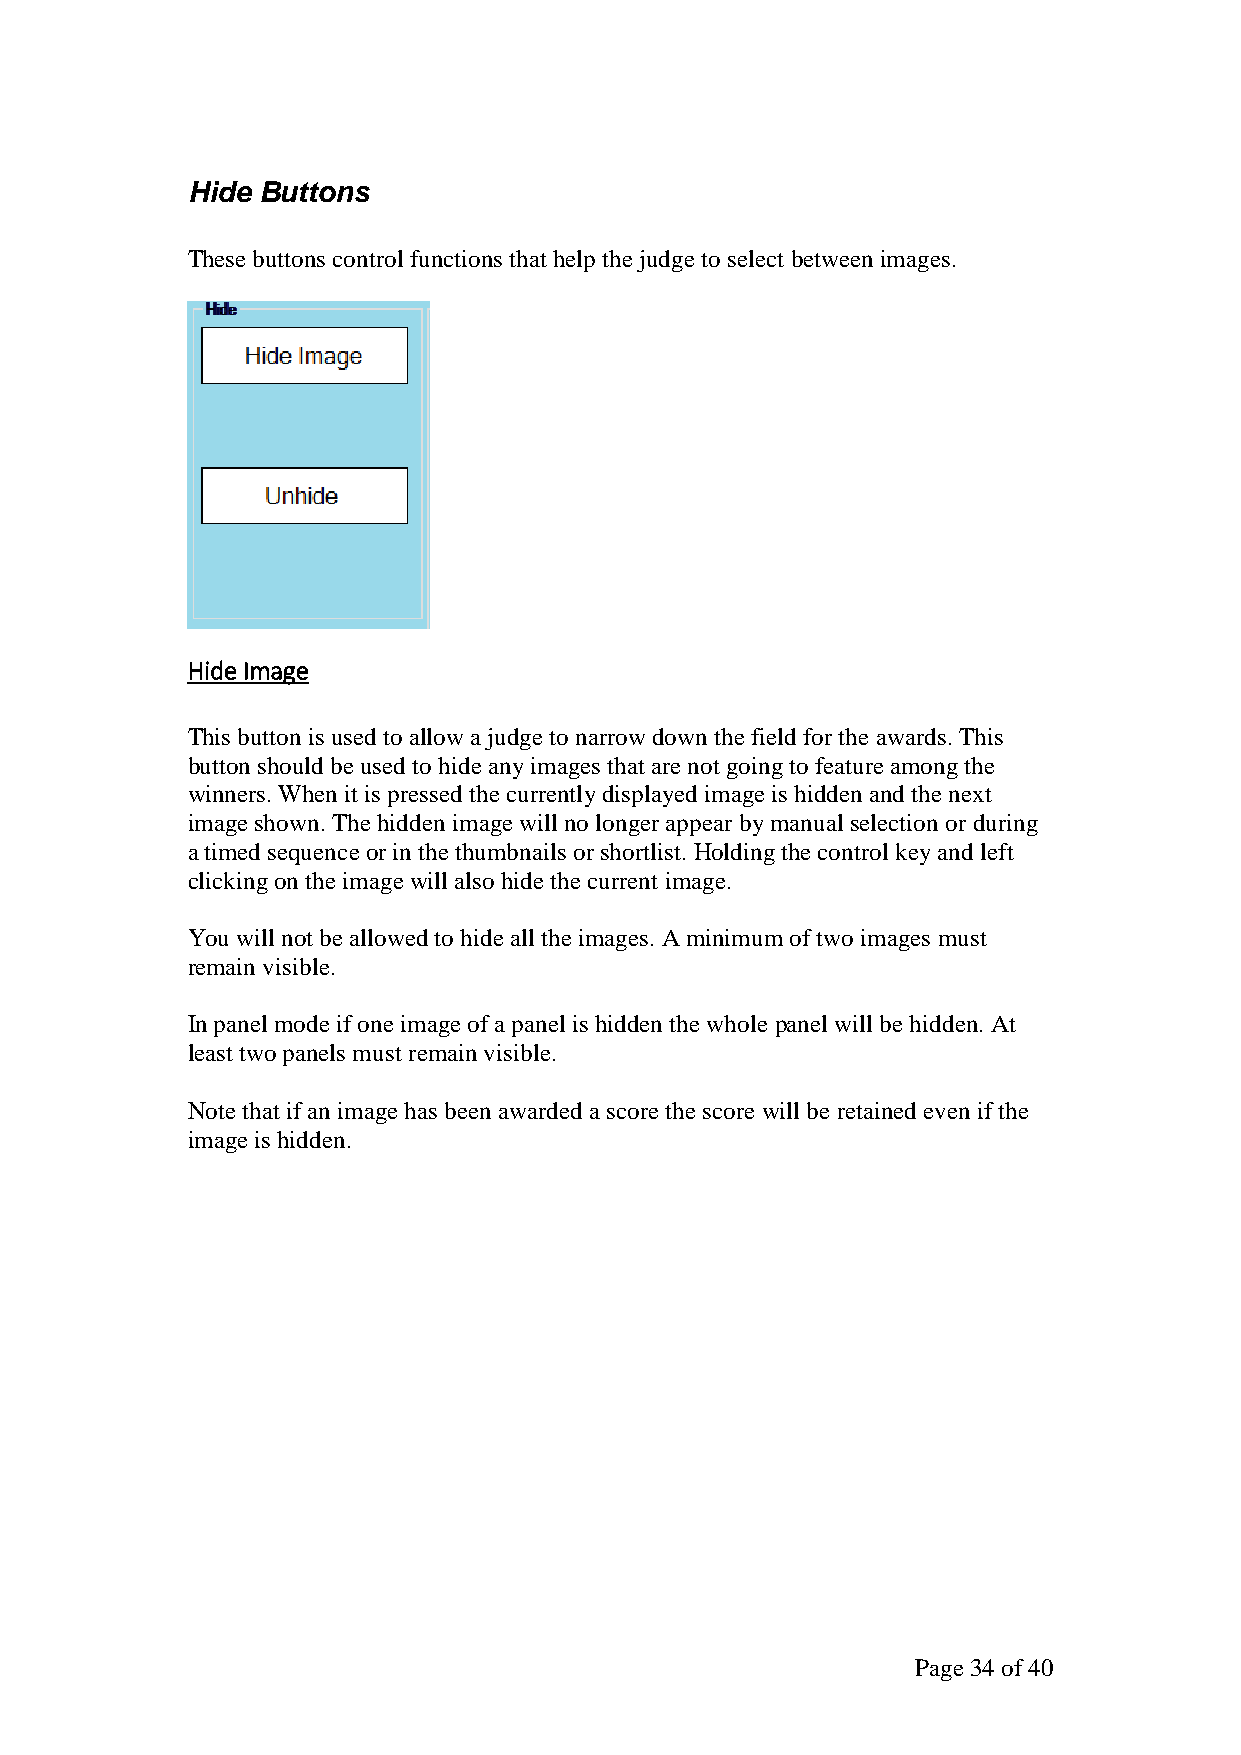
Hide Buttons
 These buttons control functions that help the judge to select between images.
 Hide Image
 This button is used to allow a judge to narrow down the field for the awards. This
 button should be used to hide any images that are not going to feature among the
 winners. When it is pressed the currently displayed image is hidden and the next
 image shown. The hidden image will no longer appear by manual selection or during
 a timed sequence or in the thumbnails or shortlist. Holding the control key and left
 clicking on the image will also hide the current image.
 You will not be allowed to hide all the images. A minimum of two images must
 remain visible.
 In panel mode if one image of a panel is hidden the whole panel will be hidden. At
 least two panels must remain visible.
 Note that if an image has been awarded a score the score will be retained even if the
 image is hidden.
 Page 34 of 40